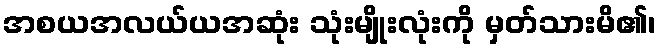
အစယအလယ်ယအဆုံး သုံးမျိုးလုံးကို မှတ်သားမိ၏၊